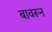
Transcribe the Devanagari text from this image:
बावरून